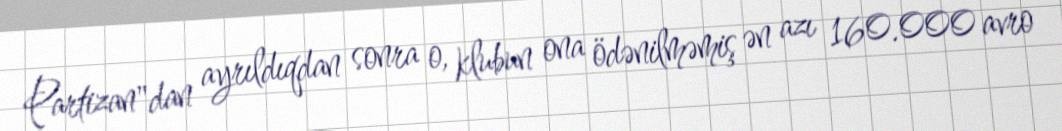
Partizan"dan ayrıldıqdan sonra o, klubun ona ödənilməmiş ən azı 160.000 avro